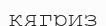
кягриз